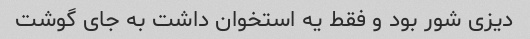
دیزی شور بود و فقط یه استخوان داشت به جای گوشت